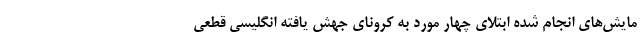
مایش‌های انجام شده ابتلای چهار مورد به کرونای جهش یافته انگلیسی قطعی